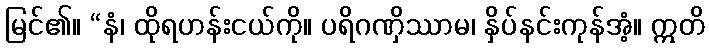
မြင်၏။ “နံ၊ ထိုရဟန်းငယ်ကို။ ပရိဂဏှိဿာမ၊ နှိပ်နင်းကုန်အံ့။ ဣတိ